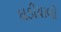
ઘડીયાળો